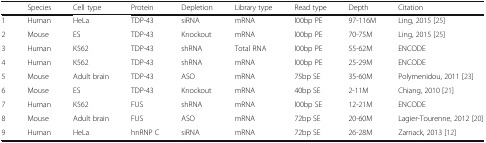
<table><thead><tr><td></td><td><b>Species</b></td><td><b>Cell type</b></td><td><b>Protein</b></td><td><b>Depletion</b></td><td><b>Library type</b></td><td><b>Read type</b></td><td><b>Depth</b></td><td><b>Citation</b></td></tr></thead><tbody><tr><td>1</td><td>Human</td><td>HeLa</td><td>TDP-43</td><td>siRNA</td><td>mRNA</td><td>l00bp PE</td><td>97-116M</td><td>Ling, 2015 [25]</td></tr><tr><td>2</td><td>Mouse</td><td>ES</td><td>TDP-43</td><td>Knockout</td><td>mRNA</td><td>l00bp PE</td><td>70-75M</td><td>Ling, 2015 [25]</td></tr><tr><td>3</td><td>Human</td><td>K562</td><td>TDP-43</td><td>shRNA</td><td>Total RNA</td><td>l00bp PE</td><td>55-62M</td><td>ENCODE</td></tr><tr><td>4</td><td>Human</td><td>K562</td><td>TDP-43</td><td>shRNA</td><td>mRNA</td><td>l00bp PE</td><td>25-29M</td><td>ENCODE</td></tr><tr><td>5</td><td>Mouse</td><td>Adult brain</td><td>TDP-43</td><td>ASO</td><td>mRNA</td><td>75bp SE</td><td>35-60M</td><td>Polymenidou, 2011 [23]</td></tr><tr><td>6</td><td>Mouse</td><td>ES</td><td>TDP-43</td><td>Knockout</td><td>mRNA</td><td>40bp SE</td><td>2-11M</td><td>Chiang, 2010 [21]</td></tr><tr><td>7</td><td>Human</td><td>K562</td><td>FUS</td><td>shRNA</td><td>mRNA</td><td>l00bp SE</td><td>12-21M</td><td>ENCODE</td></tr><tr><td>8</td><td>Mouse</td><td>Adult brain</td><td>FUS</td><td>ASO</td><td>mRNA</td><td>72bp SE</td><td>20-60M</td><td>Lagier-Tourenne, 2012 [20]</td></tr><tr><td>9</td><td>Human</td><td>HeLa</td><td>hnRNP C</td><td>siRNA</td><td>mRNA</td><td>72bp SE</td><td>26-28M</td><td>Zarnack, 2013 [12]</td></tr></tbody></table>